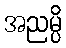
အညမ္ပိ